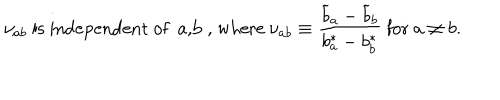
\nu _ { a b } ~ { \mathrm { i s ~ i n d e p e n d e n t ~ o f ~ a , b ~ , ~ w h e r e } } ~ \nu _ { a b } \equiv { \frac { { \widetilde b } _ { a } - { \widetilde b } _ { b } } { b _ { a } ^ { * } - b _ { b } ^ { * } } } ~ { \mathrm { f o r } } ~ a \not = b .